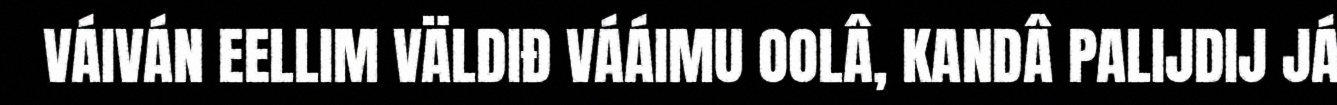
VÁIVÁN EELLIM VÄLDIĐ VÁÁIMU OOLÂ, KANDÂ PALIJDIJ JÁ